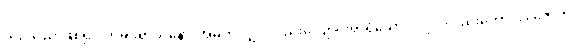
ယှဉ်သည် ဖြစ်၍။ တမပရာယနော၊ အမိုက်လျှင် လည်းလျောင်းရာရှိသော ပုဂ္ဂိုလ်လည်းကောင်း။ ဇောတိ၊